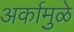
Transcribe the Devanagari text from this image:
अर्कामुळे